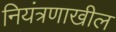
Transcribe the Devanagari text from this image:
नियंत्रणाखील